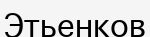
Этьенков